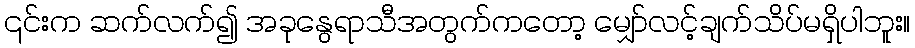
၎င်းက ဆက်လက်၍ အခုနွေရာသီအတွက်ကတော့ မျှော်လင့်ချက်သိပ်မရှိပါဘူး။